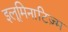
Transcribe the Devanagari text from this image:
इलूमिनाटिज़्म